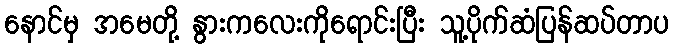
နောင်မှ အမေတို့ နွားကလေးကိုရောင်းပြီး သူ့ပိုက်ဆံပြန်ဆပ်တာပ